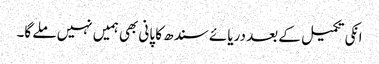
انکی تکمیل کے بعد دریائے سندھ کا پانی بھی ہمیں نہیں ملے گا۔